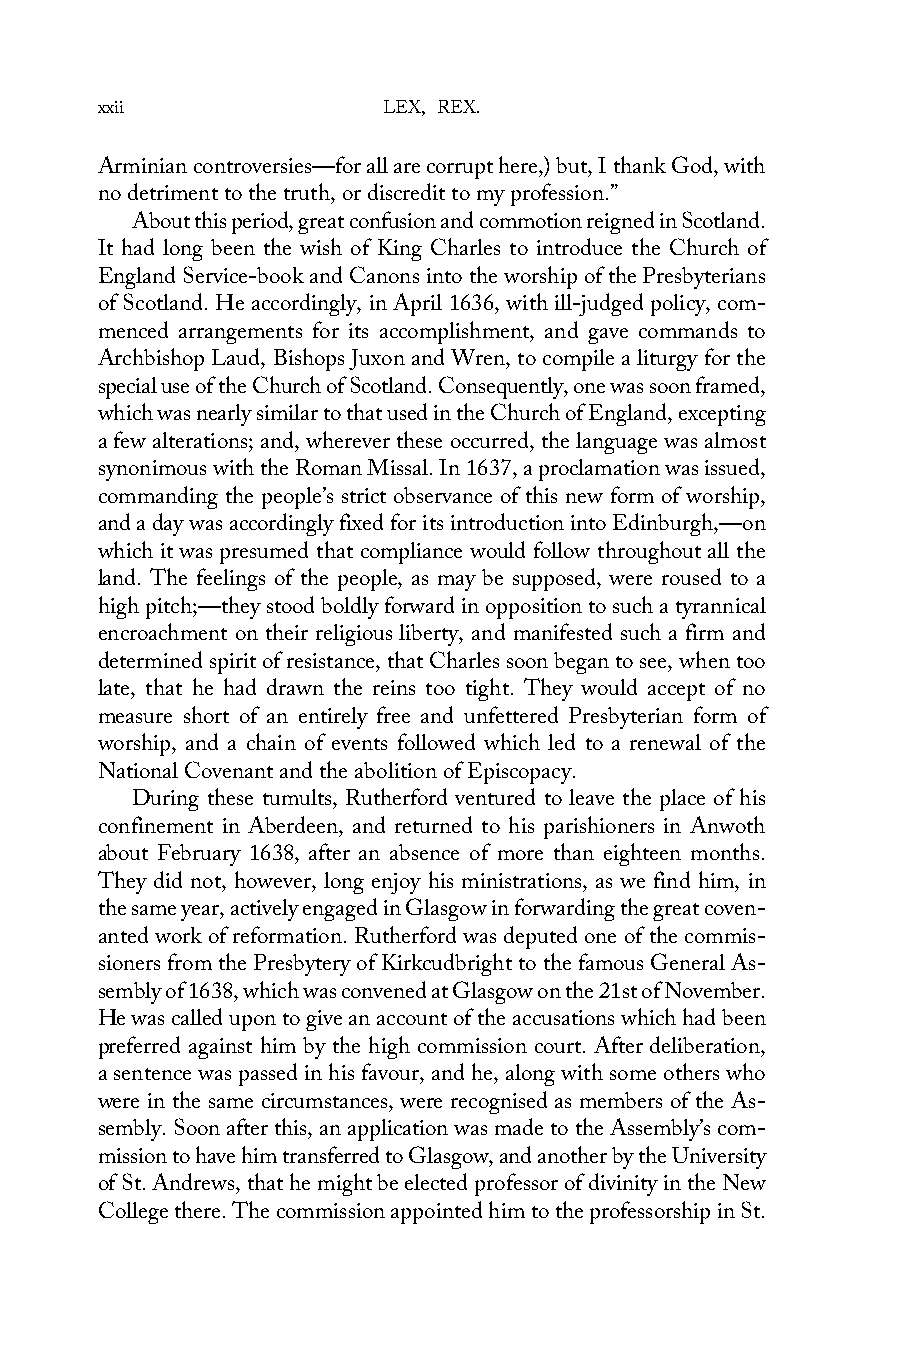
xxii               LEX, REX.
 Arminian controversies—for all are corrupt here,) but, I thank God, with
 no detriment to the truth, or discredit to my profession.”
 About this period, great confusion and commotion reigned in Scotland.
 It had long been the wish of King Charles to introduce the Church of
 England Service-book and Canons into the worship of the Presbyterians
 of Scotland. He accordingly, in April 1636, with ill-judged policy, com-
 menced arrangements for its accomplishment, and gave commands to
 Archbishop Laud, Bishops Juxon and Wren, to compile a liturgy for the
 special use of the Church of Scotland. Consequently, one was soon framed,
 which was nearly similar to that used in the Church of England, excepting
 a few alterations; and, wherever these occurred, the language was almost
 synonimous with the Roman Missal. In 1637, a proclamation was issued,
 commanding the people’s strict observance of this new form of worship,
 and a day was accordingly fixed for its introduction into Edinburgh,—on
 which it was presumed that compliance would follow throughout all the
 land. The feelings of the people, as may be supposed, were roused to a
 high pitch;—they stood boldly forward in opposition to such a tyrannical
 encroachment on their religious liberty, and manifested such a firm and
 determined spirit of resistance, that Charles soon began to see, when too
 late, that he had drawn the reins too tight. They would accept of no
 measure short of an entirely free and unfettered Presbyterian form of
 worship, and a chain of events followed which led to a renewal of the
 National Covenant and the abolition of Episcopacy.
 During these tumults, Rutherford ventured to leave the place of his
 confinement in Aberdeen, and returned to his parishioners in Anwoth
 about February 1638, after an absence of more than eighteen months.
 They did not, however, long enjoy his ministrations, as we find him, in
 the same year, actively engaged in Glasgow in forwarding the great coven-
 anted work of reformation. Rutherford was deputed one of the commis-
 sioners from the Presbytery of Kirkcudbright to the famous General As-
 sembly of 1638, which was convened at Glasgow on the 21st of November.
 He was called upon to give an account of the accusations which had been
 preferred against him by the high commission court. After deliberation,
 a sentence was passed in his favour, and he, along with some others who
 were in the same circumstances, were recognised as members of the As-
 sembly. Soon after this, an application was made to the Assembly’s com-
 mission to have him transferred to Glasgow, and another by the University
 of St. Andrews, that he might be elected professor of divinity in the New
 College there. The commission appointed him to the professorship in St.